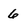
Character: 6